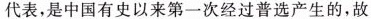
代表，是中国有史以来第一次经过普选产生的，故